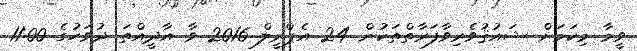
ވީމާ މިކަމަށް ޝައުޤުވެރިވާފަރާތްތަކުން 24 އެޕްރީލް 2016 ވާ އާދީއްތަ ދުވަހުގެ 11:00